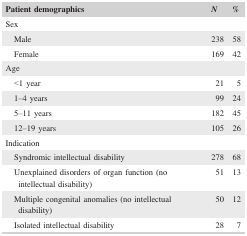
<table><thead><tr><td><b>Patient demographics</b></td><td><b><i>N</i></b></td><td><b>%</b></td></tr></thead><tbody><tr><td colspan="3">Sex</td></tr><tr><td>Male</td><td>238</td><td>58</td></tr><tr><td>Female</td><td>169</td><td>42</td></tr><tr><td colspan="3">Age</td></tr><tr><td>&lt;1 year</td><td>21</td><td>5</td></tr><tr><td>1–4 years</td><td>99</td><td>24</td></tr><tr><td>5–11 years</td><td>182</td><td>45</td></tr><tr><td>12–19 years</td><td>105</td><td>26</td></tr><tr><td colspan="3">Indication</td></tr><tr><td>Syndromic intellectual disability</td><td>278</td><td>68</td></tr><tr><td>Unexplained disorders of organ function (no intellectual disability)</td><td>51</td><td>13</td></tr><tr><td>Multiple congenital anomalies (no intellectual disability)</td><td>50</td><td>12</td></tr><tr><td>Isolated intellectual disability</td><td>28</td><td>7</td></tr></tbody></table>